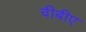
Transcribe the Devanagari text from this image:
वीबीए